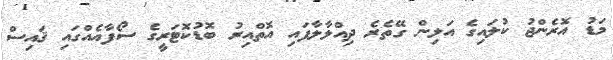
މަޑު އޮރެންޖު ކުލައިގެ އަލިން ގޭތެރެ ދިއްލާލާފައި އޮތްއިރު ބޮޑުކޮޓަރީގެ ސޯފާއެއްގައި ޤައިސް